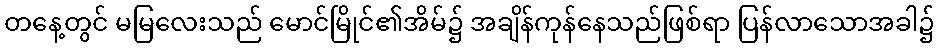
တနေ့တွင် မမြလေးသည် မောင်မြိုင်၏အိမ်၌ အချိန်ကုန်နေသည်ဖြစ်ရာ ပြန်လာသောအခါ၌